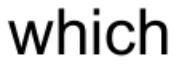
which